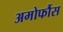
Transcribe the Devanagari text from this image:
अमोर्फौस